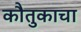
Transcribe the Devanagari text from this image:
कौतुकाचा